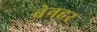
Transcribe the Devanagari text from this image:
बेनहर